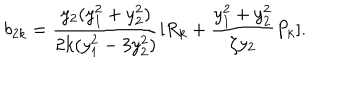
b _ { 2 k } = \frac { y _ { 2 } ( y _ { 1 } ^ { 2 } + y _ { 2 } ^ { 2 } ) } { 2 k ( y _ { 1 } ^ { 2 } - 3 y _ { 2 } ^ { 2 } ) } [ R _ { k } + \frac { y _ { 1 } ^ { 2 } + y _ { 2 } ^ { 2 } } { \zeta y _ { 2 } } P _ { k } ] .